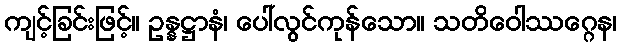
ကျင့်ခြင်းဖြင့်။ ဥန္နဋ္ဌာနံ၊ ပေါ်လွင်ကုန်သော။ သတိဝေါဿဂ္ဂေန၊